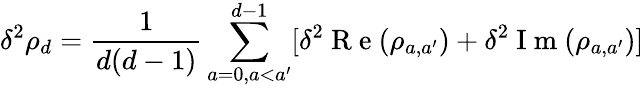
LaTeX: \delta^{2}\rho_{d}=\frac{1}{d(d-1)}\sum_{a=0,a<a^{\prime}}^{d-1}[\delta^{2}\mathrm{~R~e~}(\rho_{a,a^{\prime}})+\delta^{2}\mathrm{~I~m~}(\rho_{a,a^{\prime}})]